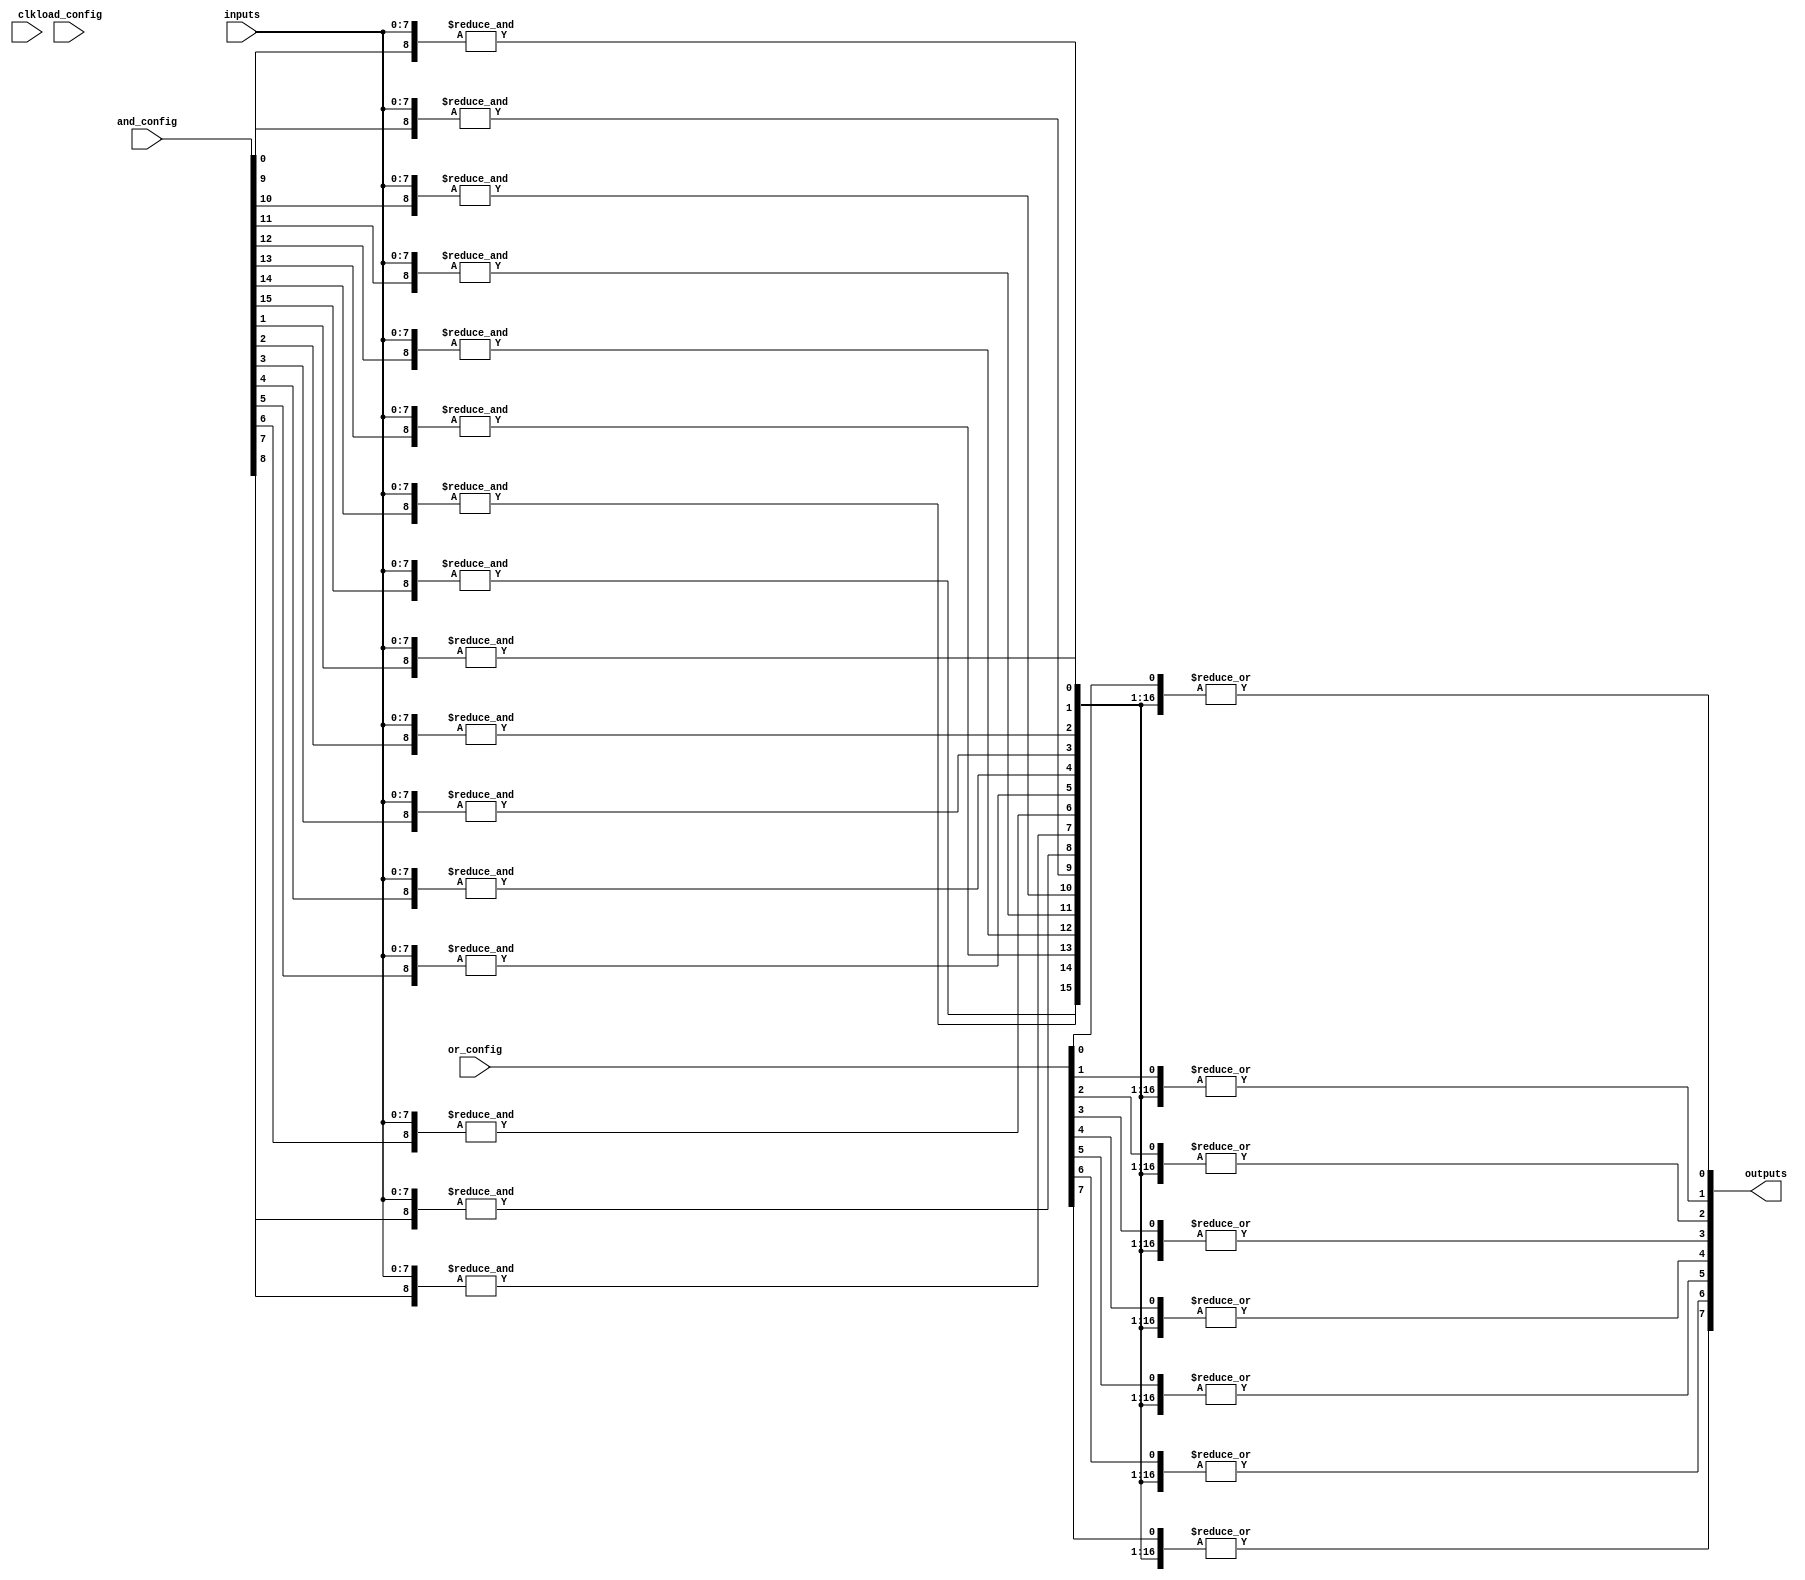
module SPAL #(
    parameter INPUT_WIDTH = 8,
    parameter AND_ARRAY_SIZE = 16,
    parameter OR_ARRAY_SIZE = 8
)(
    input wire [INPUT_WIDTH-1:0]  inputs,        // Input signals
    input wire [AND_ARRAY_SIZE-1:0] and_config,   // Configuration for AND array
    input wire [OR_ARRAY_SIZE-1:0] or_config,     // Configuration for OR array
    input wire clk,                               // Clock for control logic
    input wire load_config,                       // Load configuration signal
    output wire [OR_ARRAY_SIZE-1:0] outputs      // Output signals
);
    
    // Input buffer with optional inversion
    wire [INPUT_WIDTH-1:0] buffered_inputs;
    genvar i;
    generate
        for (i = 0; i < INPUT_WIDTH; i = i + 1) begin : input_buffer
            assign buffered_inputs[i] = inputs[i]; // Optionally apply inversion
        end
    endgenerate

    // AND array
    wire [AND_ARRAY_SIZE-1:0] and_outputs;
    genvar j;
    generate
        for (j = 0; j < AND_ARRAY_SIZE; j = j + 1) begin : and_array
            assign and_outputs[j] = &({and_config[j], buffered_inputs}); // AND operation
        end
    endgenerate
    
    // OR array
    wire [OR_ARRAY_SIZE-1:0] or_outputs;
    genvar k;
    generate
        for (k = 0; k < OR_ARRAY_SIZE; k = k + 1) begin : or_array
            assign or_outputs[k] = |({or_config[k], and_outputs}); // OR operation
        end
    endgenerate

    // Output buffer
    wire [OR_ARRAY_SIZE-1:0] buffered_outputs;
    generate
        for (k = 0; k < OR_ARRAY_SIZE; k = k + 1) begin : output_buffer
            assign buffered_outputs[k] = or_outputs[k]; // Optional inversion can be added here
        end
    endgenerate

    assign outputs = buffered_outputs;

endmodule